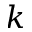
k